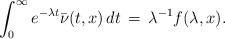
LaTeX: \begin{align*}\int_0^\infty e^{-\lambda t} \bar{\nu}(t,x) \, dt \, = \, \lambda^{-1} f(\lambda, x).\end{align*}